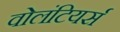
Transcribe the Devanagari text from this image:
वोलंटियर्स